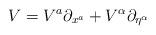
LaTeX: \begin{align*}V = V^a \partial_{x^a} + V^\alpha \partial_{\eta^\alpha}\end{align*}